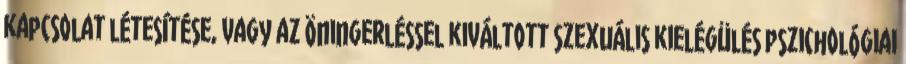
kapcsolat létesítése, vagy az öningerléssel kiváltott szexuális kielégülés pszichológiai